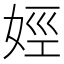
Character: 娙